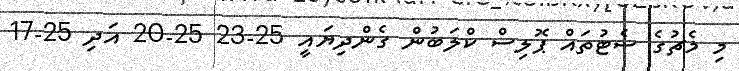
މި މެޗުގެ ސެޓުތައް ޕޮލިސް ކްލަބުން ގެންދިޔައީ 25-23 25-20 އަދި 25-17